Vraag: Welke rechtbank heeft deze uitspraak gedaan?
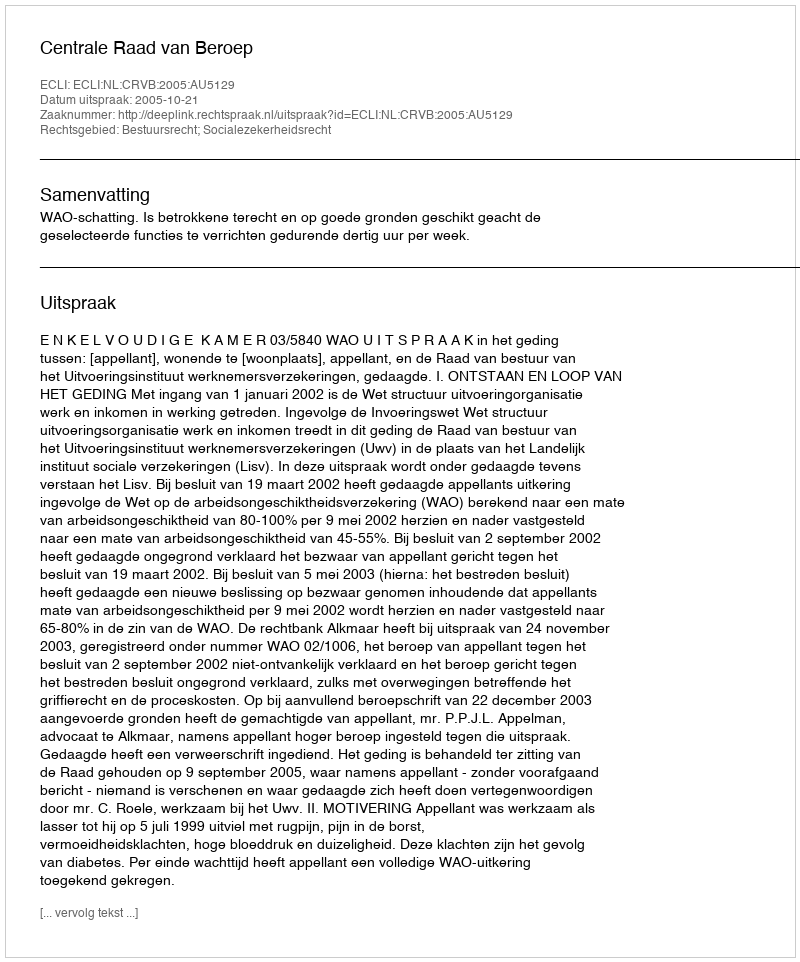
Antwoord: Centrale Raad van Beroep